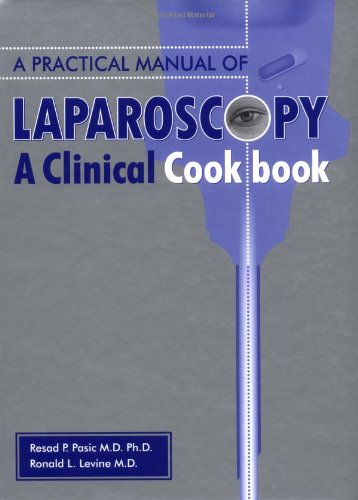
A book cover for A Practical Manual of Laparoscopy: A Clinical Cookbook; Medical Books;